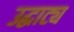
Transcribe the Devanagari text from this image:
उद्घाट्य